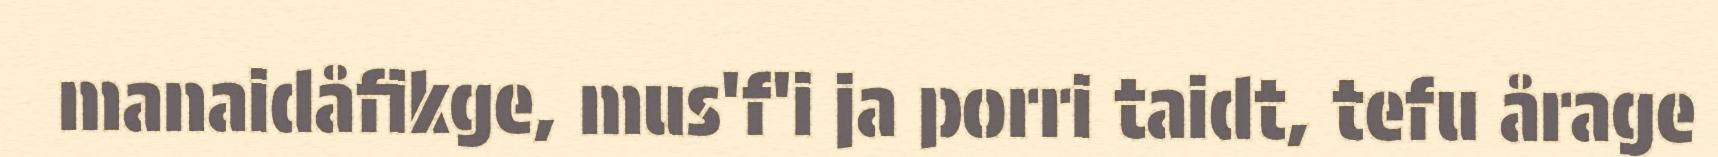
manaidåfikge, mus'f'i ja porri taidt, tefu årage